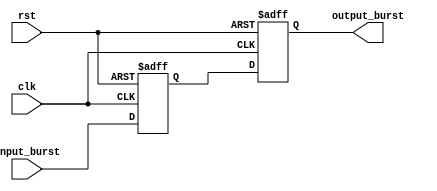
module burst_synchronizer (
    input wire clk, // input clock signal
    input wire rst, // reset signal
    input wire [7:0] input_burst, // input burst data
    output reg [7:0] output_burst // output burst data
);

reg [7:0] sampled_burst;
reg [7:0] previous_burst;

always @(posedge clk or posedge rst) begin
    if (rst) begin
        previous_burst <= 8'b0;
        sampled_burst <= 8'b0;
        output_burst <= 8'b0;
    end else begin
        previous_burst <= input_burst;
        sampled_burst <= input_burst;
        
        // Add control logic here to adjust the timing of the input bursts as needed
        
        output_burst <= sampled_burst;
    end
end

endmodule